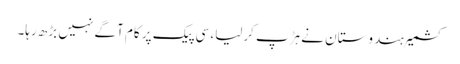
کشمیر ہندوستان نے ہڑپ کرلیا، سی پیک پر کام آگے نہیں بڑھ رہا۔